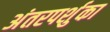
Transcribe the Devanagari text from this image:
अंतरपर्शुका